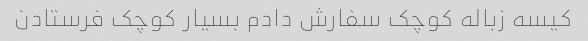
کیسه زباله کوچک سفارش دادم بسیار کوچک فرستادن